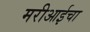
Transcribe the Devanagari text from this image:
मरीआईचा